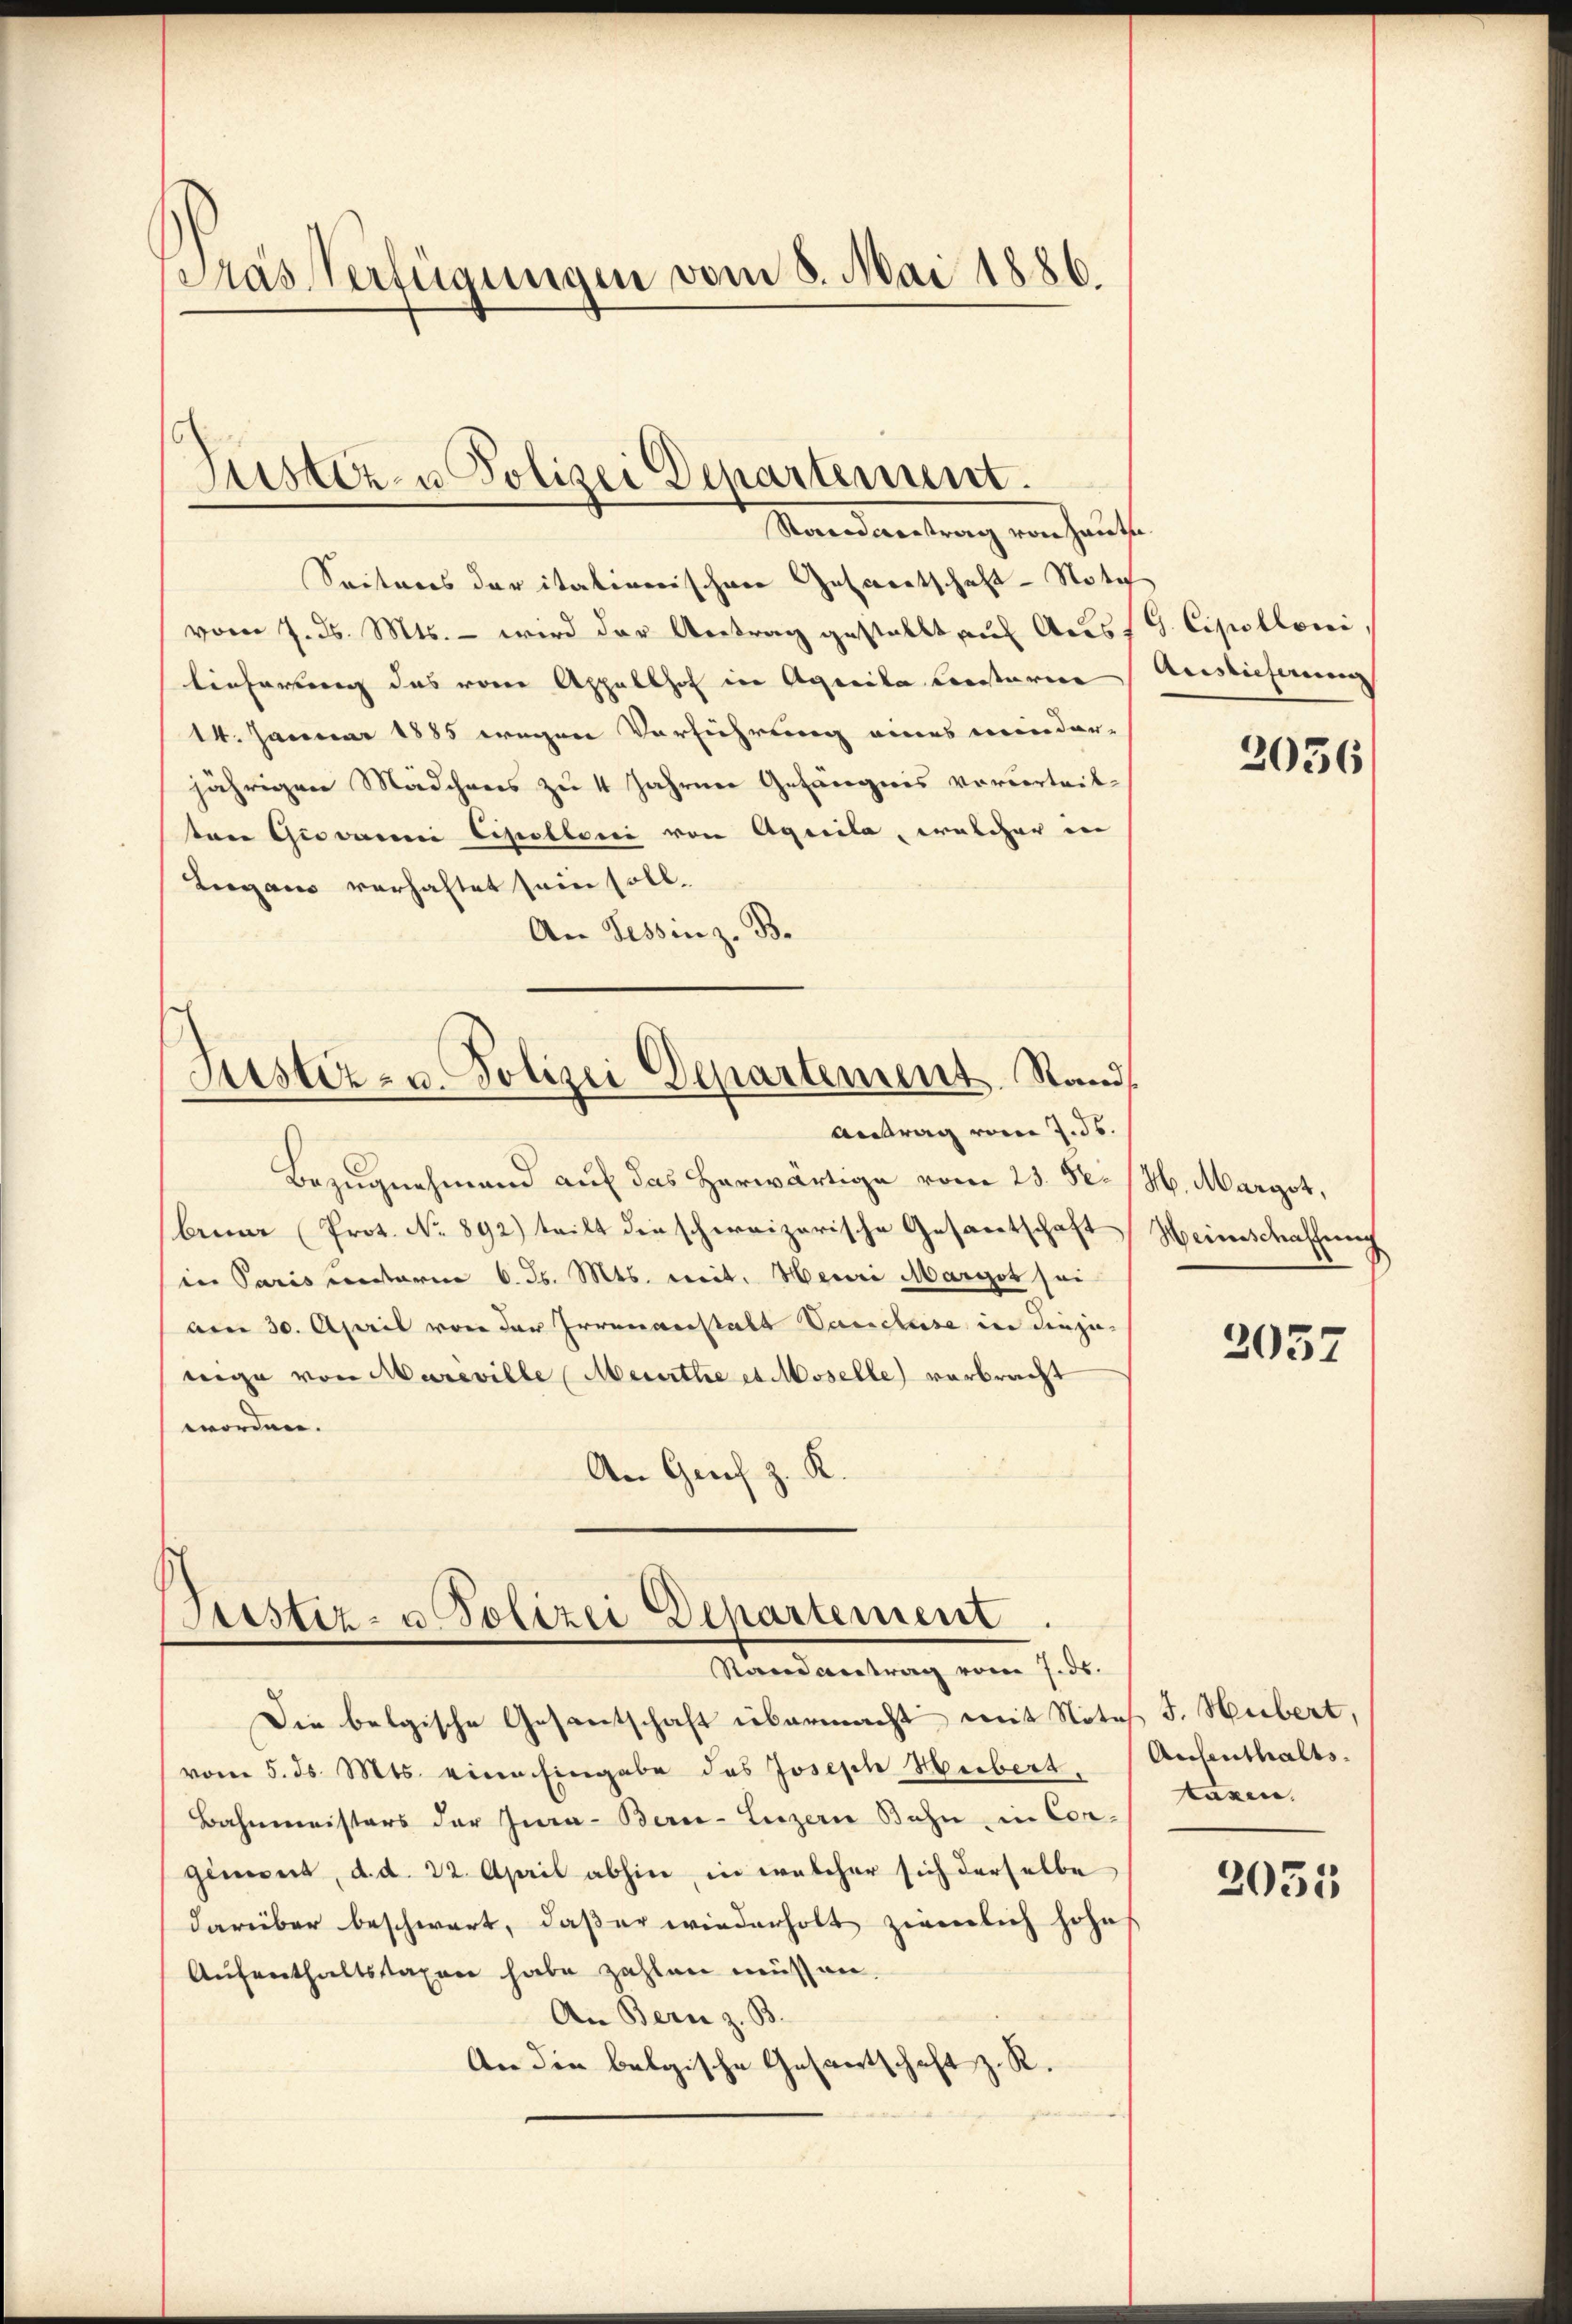
Pras Verfügungen vom 8. Mai 1886.

Justiz- u Polizei Departement.
Nandwertung von heute

Seiteres der italinerischene Gewertschaft - Nota
vom 7. d. Mts. – wird der Antrag gestellt auf Ausst. Cipolloni
lieferung das von Appellhof in Agrila Leisterer Auslieferung
14. Januar 1885 wegen Verführung eines meinder-
jährigen Mädchens zu 4 Jahrner Gefängnis vervortritton Giovarei Cipolloni von Aquila, welcher in
Lugano verhaltet sein soll.
An Tessinz. B.

Justiz- u. Polizei Departement Rand
Antrag vom 7. ds.

Bezugnehmend auf das herwärtige vom 23. Se. M. Marzot,
bruar (Prot. No 892) teilt die schweizerische Gesantschaft
in Paris unterm 6. ds. Mts. weit. Meuri Margot sei
am 30. April von der Irrenanstalt Vanclusa in diejenige von Mareville Meurthe et Moselle) verbracht
worden.
An Gries z. K.

Justiz- u Polizei Departement
Randantrag vom 7. ds.

Die belgische Gesantschaft übermacht mit Notes J. Hubert,
vom 5. ds. Mts. eine Eingabe des Joseph Herbert.
Bahnmeisters der Jura - Berne-Luzern Bahn, in Congiment, d. d. 22. April abhin, in welcher sich derselbe
darüber beschwart, daß er wiederholt ziemlich hohe
Aufenthaltsstaxen habe zahlen müssen.
An Bern z. B.
An die belgische Gesantschaft z. R.

2036/

Weinschaffung

2057

Aufenthalts-
taxen.

2055